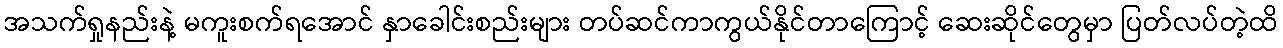
အသက်ရှုနည်းနဲ့ မကူးစက်ရအောင် နှာခေါင်းစည်းများ တပ်ဆင်ကာကွယ်နိုင်တာကြောင့် ဆေးဆိုင်တွေမှာ ပြတ်လပ်တဲ့ထိ